画像に写った文字を読んでください
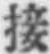
「接」と書いてあります